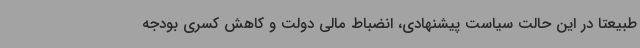
طبیعتاً در این حالت سیاست پیشنهادی، انضباط مالی دولت و کاهش کسری بودجه